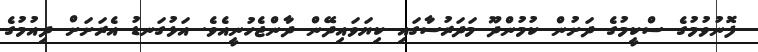
ފޮނުވުމުގެ ސްކީމުގެ ދަށުން ކުމުންދޫ މަދަރުސާގައި ކިޔަވައިދޭން ދާންޖެހުނީއެވެ. އަޅުގަނޑު އެރަށަށް ދިއުމުުގެ